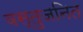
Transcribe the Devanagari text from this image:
वस्तुजनित